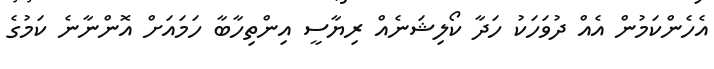
އެހެންކަމުން އެއް ދުވަހަކު ހަދާ ކޯލިޝަނެއް ރިޔާސީ އިންތިހާބާ ހަމައަށް އޮންނާނެ ކަމުގެ